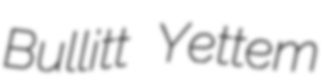
Bullitt Yettem